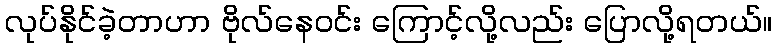
လုပ်နိုင်ခဲ့တာဟာ ဗိုလ်နေဝင်း ကြောင့်လို့လည်း ပြောလို့ရတယ်။